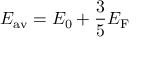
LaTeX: E _ { \mathrm { a v } } = E _ { 0 } + { \frac { 3 } { 5 } } E _ { \mathrm { F } }